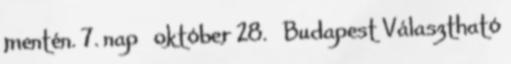
mentén. 7. nap október 28. Budapest Választható